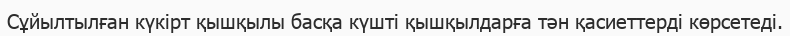
Сұйылтылған күкірт қышқылы басқа күшті қышқылдарға тән қасиеттерді көрсетеді.